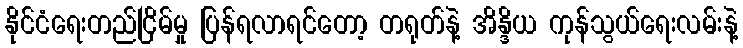
နိုင်ငံရေးတည်ငြိမ်မှု ပြန်ရလာရင်တော့ တရုတ်နဲ့ အိန္ဒိယ ကုန်သွယ်ရေးလမ်းနဲ့